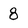
Character: 8